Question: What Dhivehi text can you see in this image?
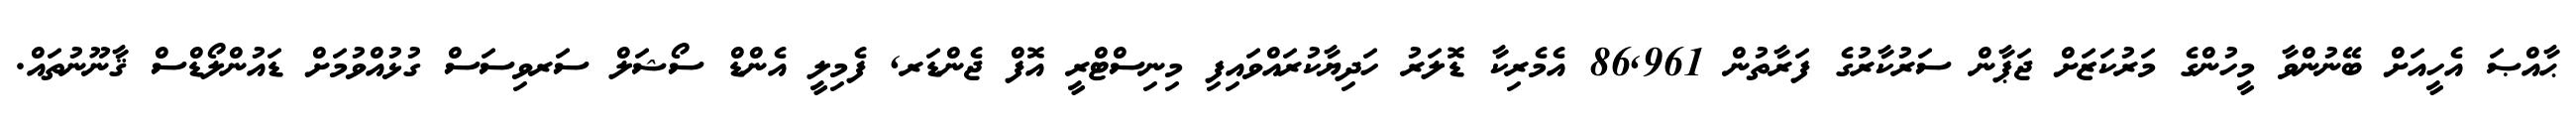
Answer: ޙާއްޞަ އެހީއަށް ބޭނުންވާ މީހުންގެ މަރުކަޒަށް ޖަޕާން ސަރުކާރުގެ ފަރާތުން 86,961 އެމެރިކާ ޑޮލަރު ހަދިޔާކުރައްވައިފި މިނިސްޓްރީ އޮފް ޖެންޑަރ, ފެމިލީ އެންޑް ސޯޝަލް ސަރވިސަސް ގުޅުއްވުމަށް ޑައުންލޯޑްސް ޤާނޫނުތައް.